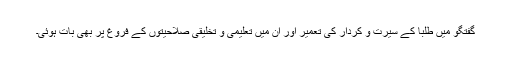
گفتگو میں طلبا کے سیرت و کردار کی تعمیر اور ان میں تعلیمی و تخلیقی صلاحیتوں کے فروغ پر بھی بات ہوئی۔